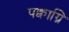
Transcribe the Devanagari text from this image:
पक्वाग्नि